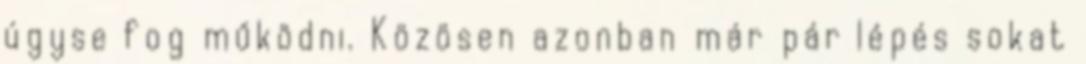
úgyse fog működni. Közösen azonban már pár lépés sokat